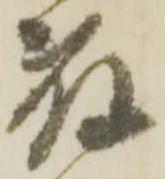
藤